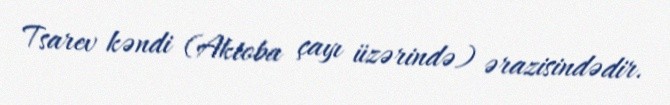
Tsarev kəndi (Aktoba çayı üzərində) ərazisindədir.